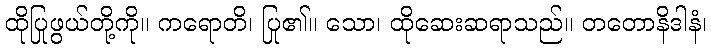
ထိုပြုဖွယ်တို့ကို။ ကရောတိ၊ ပြု၏။ သော၊ ထိုဆေးဆရာသည်။ တတောနိဒါနံ၊